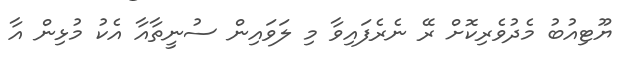
ޔޫޓިއުބު މެދުވެރިކޮށް ރޭ ނެރެފައިވާ މި ލަވައިން ސުނީތާއާ އެކު މުޅިން އާ